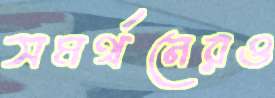
সমর্থনেরও